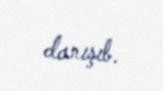
danışıb.